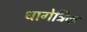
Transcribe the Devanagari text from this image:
धागेत्रिक